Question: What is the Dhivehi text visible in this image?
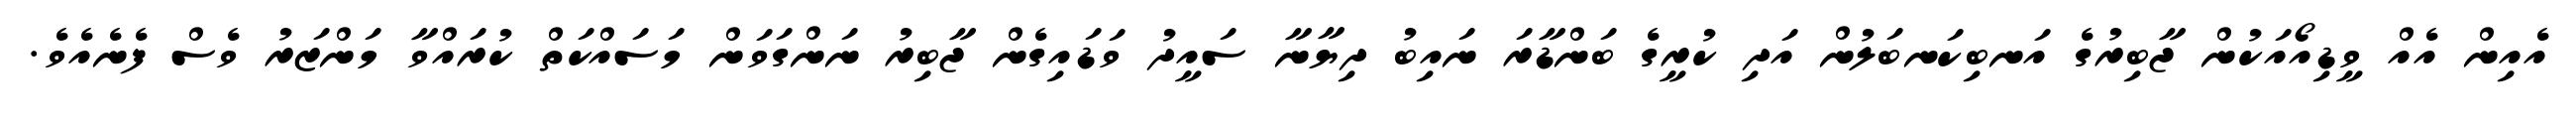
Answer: އެއިން އެއް ވީޑިއޯއަކުން ޖާބިރުގެ އަނބިކަނބަލުން އަދި ކުރީގެ ބަންޑާރަ ނައިބު ދިޔާނާ ސައީދު ވަޑައިގެން ޖާބިރު ނަންގަވަން މަސައްކަތް ކުރައްވާ މަންޒަރު ވެސް ފެނެއެވެ.